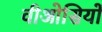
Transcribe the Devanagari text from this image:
वीओसियों